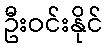
ဦးဝင်းနိုင်